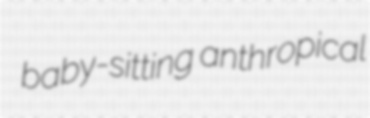
baby-sitting anthropical